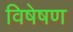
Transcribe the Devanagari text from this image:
विषेषण